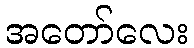
အတော်လေး